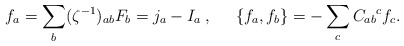
\begin{align*}f_a = \sum_b (\zeta^{-1})_{ab} F_b = j_a - I_a \; , \;\;\;\;\;\{ f_a , f_b \} = - \sum_c {C_{ab}}^c f_c . \end{align*}